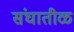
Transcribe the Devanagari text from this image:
संघातीळ